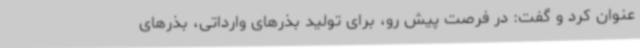
عنوان کرد و گفت: در فرصت پیش رو، برای تولید بذرهای وارداتی، بذرهای